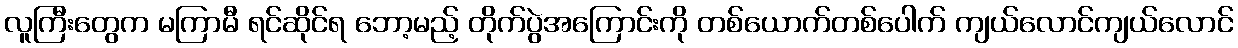
လူကြီးတွေက မကြာမီ ရင်ဆိုင်ရ ဘော့မည့် တိုက်ပွဲအကြောင်းကို တစ်ယောက်တစ်ပေါက် ကျယ်လောင်ကျယ်လောင်